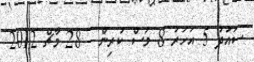
ސައުދު 5 އަހަރު 8 މަސް ކުރިން - 28 މާޗް 2012